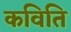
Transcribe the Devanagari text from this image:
कविति